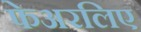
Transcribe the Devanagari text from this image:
फेअरलिए